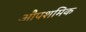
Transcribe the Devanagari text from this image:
औपशमिक